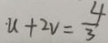
u + 2 v = \frac { 4 } { 3 }